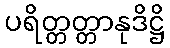
ပရိတ္တတ္တာနုဒိဋ္ဌိ